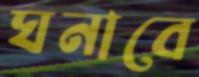
ঘনাবে